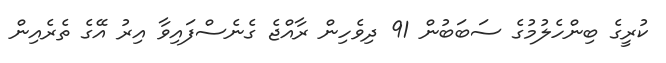
ކުރީގެ ބިންހެލުމުގެ ސަބަބުން 91 ދިވެހިން ރާއްޖެ ގެނެސްފައިވާ އިރު އޭގެ ތެރެއިން